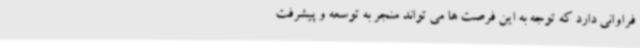
فراوانی دارد که توجه به این فرصت ها می تواند منجر به توسعه و پیشرفت